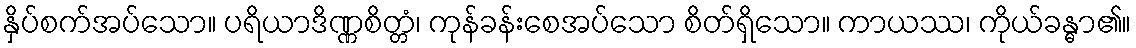
နှိပ်စက်အပ်သော။ ပရိယာဒိဏ္ဏစိတ္တံ၊ ကုန်ခန်းစေအပ်သော စိတ်ရှိသော။ ကာယဿ၊ ကိုယ်ခန္ဓာ၏။